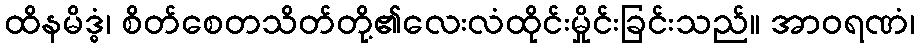
ထိနမိဒ္ဓံ၊ စိတ်စေတသိတ်တို့၏လေးလံထိုင်းမှိုင်းခြင်းသည်။ အာဝရဏံ၊